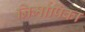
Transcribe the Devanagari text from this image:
निर्मापिका